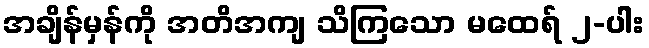
အချိန်မှန်ကို အတိအကျ သိကြသော မထေရ် ၂-ပါး